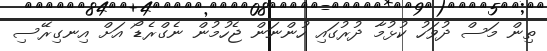
ތިން މަސް ދުވަހު ކުޅުމާ ދުރުގައި ހުންނަން ޖެހުމުން ނެގްރެޑޯ އަށް އިނގިރޭސި